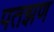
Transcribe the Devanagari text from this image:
पतझण